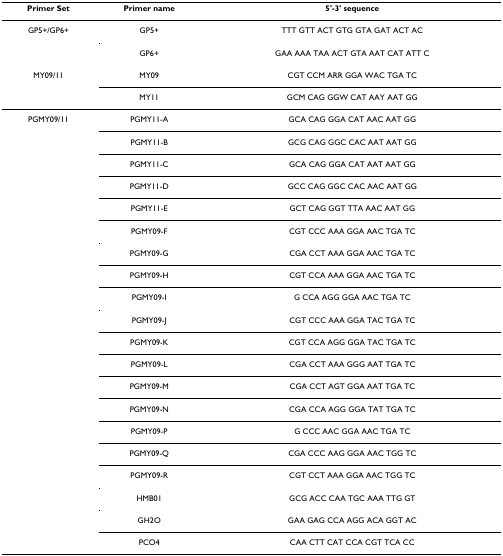
| Primer Set | Primer name | 5'-3' sequence |
 | --- | --- | --- |
 | GP5+/GP6+ | GP5+ | TTT GTT ACT GTG GTA GAT ACT AC |
 |  | GP6+ | GAA AAA TAA ACT GTA AAT CAT ATT C |
 | MY09/11 | MY09 | CGT CCM ARR GGA WAC TGA TC |
 |  | MY11 | GCM CAG GGW CAT AAY AAT GG |
 | PGMY09/11 | PGMY11-A | GCA CAG GGA CAT AAC AAT GG |
 |  | PGMY11-B | GCG CAG GGC CAC AAT AAT GG |
 |  | PGMY11-C | GCA CAG GGA CAT AAT AAT GG |
 |  | PGMY11-D | GCC CAG GGC CAC AAC AAT GG |
 |  | PGMY11-E | GCT CAG GGT TTA AAC AAT GG |
 |  | PGMY09-F | CGT CCC AAA GGA AAC TGA TC |
 |  | PGMY09-G | CGA CCT AAA GGA AAC TGA TC |
 |  | PGMY09-H | CGT CCA AAA GGA AAC TGA TC |
 |  | PGMY09-I | G CCA AGG GGA AAC TGA TC |
 |  | PGMY09-J | CGT CCC AAA GGA TAC TGA TC |
 |  | PGMY09-K | CGT CCA AGG GGA TAC TGA TC |
 |  | PGMY09-L | CGA CCT AAA GGG AAT TGA TC |
 |  | PGMY09-M | CGA CCT AGT GGA AAT TGA TC |
 |  | PGMY09-N | CGA CCA AGG GGA TAT TGA TC |
 |  | PGMY09-P | G CCC AAC GGA AAC TGA TC |
 |  | PGMY09-Q | CGA CCC AAG GGA AAC TGG TC |
 |  | PGMY09-R | CGT CCT AAA GGA AAC TGG TC |
 |  | HMB01 | GCG ACC CAA TGC AAA TTG GT |
 |  | GH2O | GAA GAG CCA AGG ACA GGT AC |
 |  | PCO4 | CAA CTT CAT CCA CGT TCA CC |